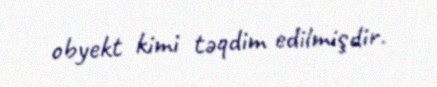
obyekt kimi təqdim edilmişdir.